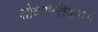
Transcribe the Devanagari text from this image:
शोकान्तिकांचा